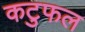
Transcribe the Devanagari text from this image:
कटुफल